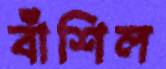
বাঁশিল